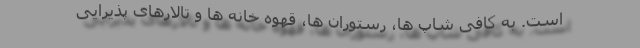
است. به کافی شاپ ها، رستوران ها، قهوه خانه ها و تالارهای پذیرایی